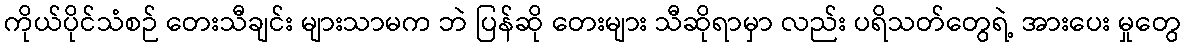
ကိုယ်ပိုင်သံစဉ် တေးသီချင်း များသာမက ဘဲ ပြန်ဆို တေးများ သီဆိုရာမှာ လည်း ပရိသတ်တွေရဲ့ အားပေး မှုတွေ